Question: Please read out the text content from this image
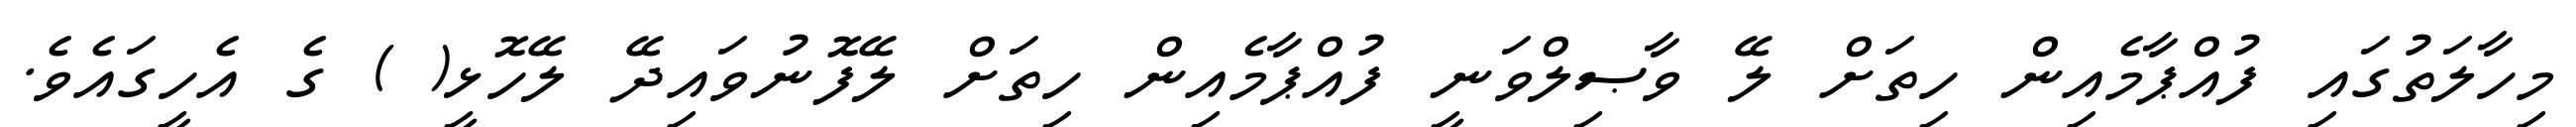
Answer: މިހާލަތުގައި ފުއްޕާމެއިން ހިތަށް ލޭ ވާޞިލްވަނީ ފުއްޕާމެއިން ހިތަށް ލޭފޮނުވައިދޭ ލޭހޮޅީ( ) ގެ އެހީގައެވެ.